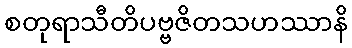
စတုရာသီတိပဗ္ဗဇိတသဟဿာနိ